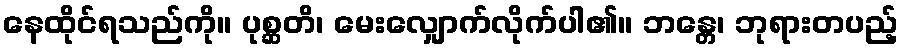
နေထိုင်ရသည်ကို။ ပုစ္ဆတိ၊ မေးလျှောက်လိုက်ပါ၏။ ဘန္တေ၊ ဘုရားတပည့်